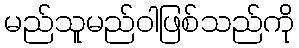
မည်သူမည်ဝါဖြစ်သည်ကို